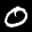
Label: 0